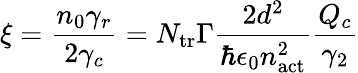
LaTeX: \xi=\frac{n_{0}\gamma_{r}}{2\gamma_{c}}=N_{\mathrm{tr}}\Gamma\frac{2d^{2}}{\hbar\epsilon_{0}n_{\mathrm{act}}^{2}}\frac{Q_{c}}{\gamma_{2}}